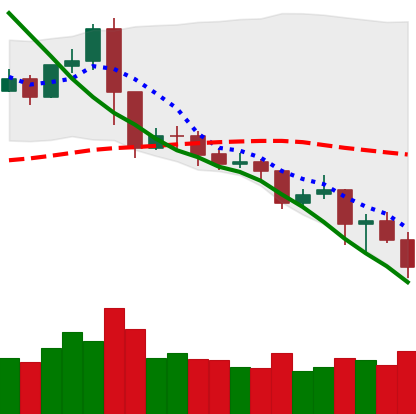
Ticker: XRP-USD
Chart end date: 2019-11-21
Forward return: -8.87%
Label: down_7plus